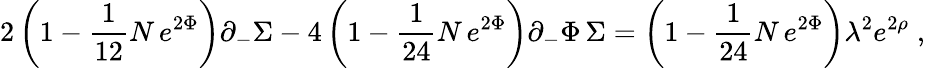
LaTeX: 2\left(1-{\frac{1}{12}}N\, e^{2\Phi}\right)\partial_{-}\Sigma-4\left(1-{\frac{1}{24}}N\, e^{2\Phi}\right)\partial_{-}\Phi\, \Sigma=\left(1-{\frac{1}{24}}N\, e^{2\Phi}\right)\lambda^{2}e^{2\rho}\; ,